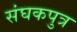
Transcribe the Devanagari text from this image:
संघकपुत्र